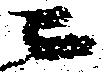
ニ